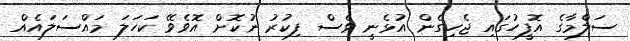
ސަލްމާގެ އޮފީހުގައި ޖެހިގެން އުޅެނީ ވެސް ފިކުރު ނުކޮށް އޮވެވޭ ކަހަލަ މައްސަލައެއް